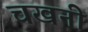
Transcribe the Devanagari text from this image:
चखनी